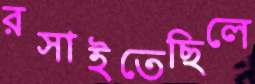
রসাইতেছিলে